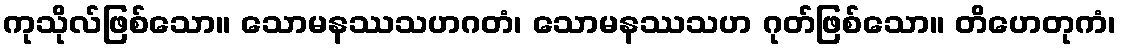
ကုသိုလ်ဖြစ်သော။ သောမနဿသဟဂတံ၊ သောမနဿသဟ ဂုတ်ဖြစ်သော။ တိဟေတုကံ၊